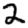
Digit: 2